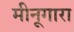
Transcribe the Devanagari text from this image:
मीनूगारा